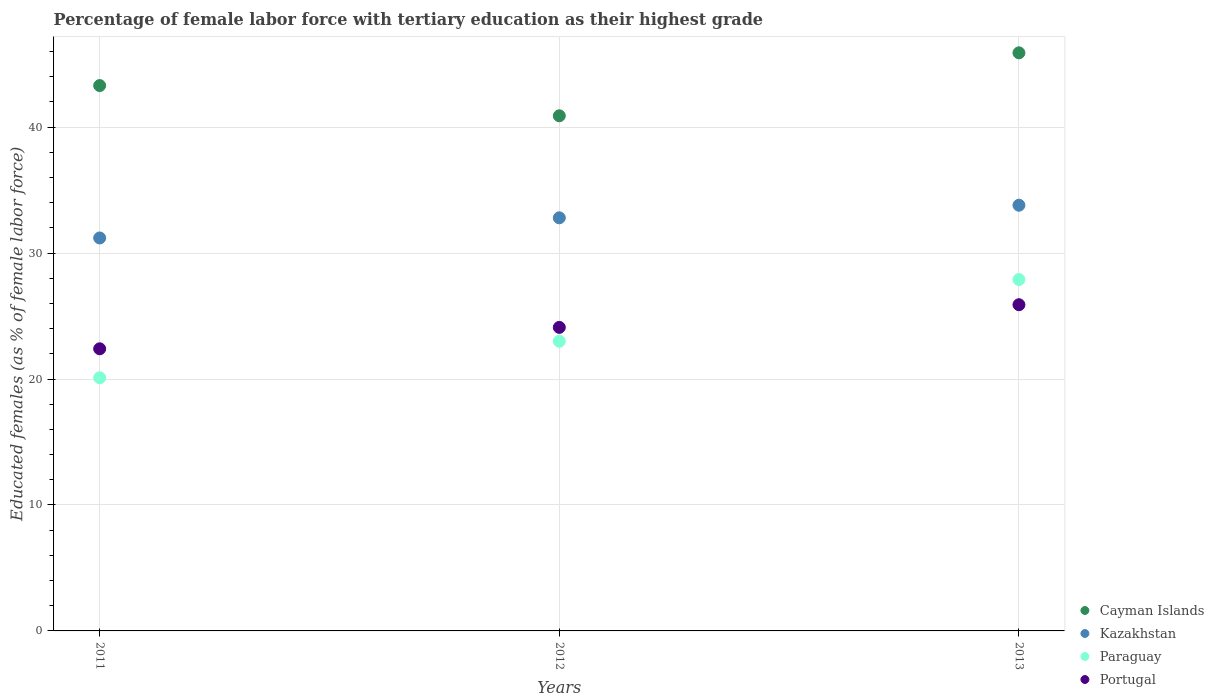
| Years | Cayman Islands | Kazakhstan | Paraguay | Portugal |
 | --- | --- | --- | --- | --- |
 | 2011 | 43.3 | 31.2 | 20.1 | 22.4 |
 | 2012 | 40.9 | 32.8 | 23 | 24.1 |
 | 2013 | 45.9 | 33.8 | 27.9 | 25.9 |